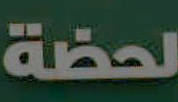
لحظة